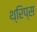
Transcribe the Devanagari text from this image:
थ्रिप्‍स